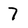
Character: 7